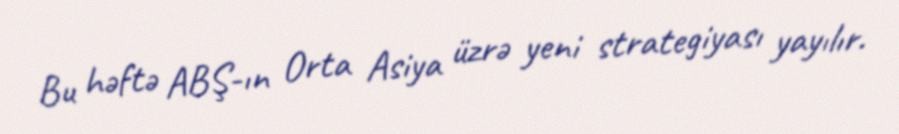
Bu həftə ABŞ-ın Orta Asiya üzrə yeni strategiyası yayılır.